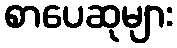
စာပေဆုများ